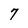
Character: 7